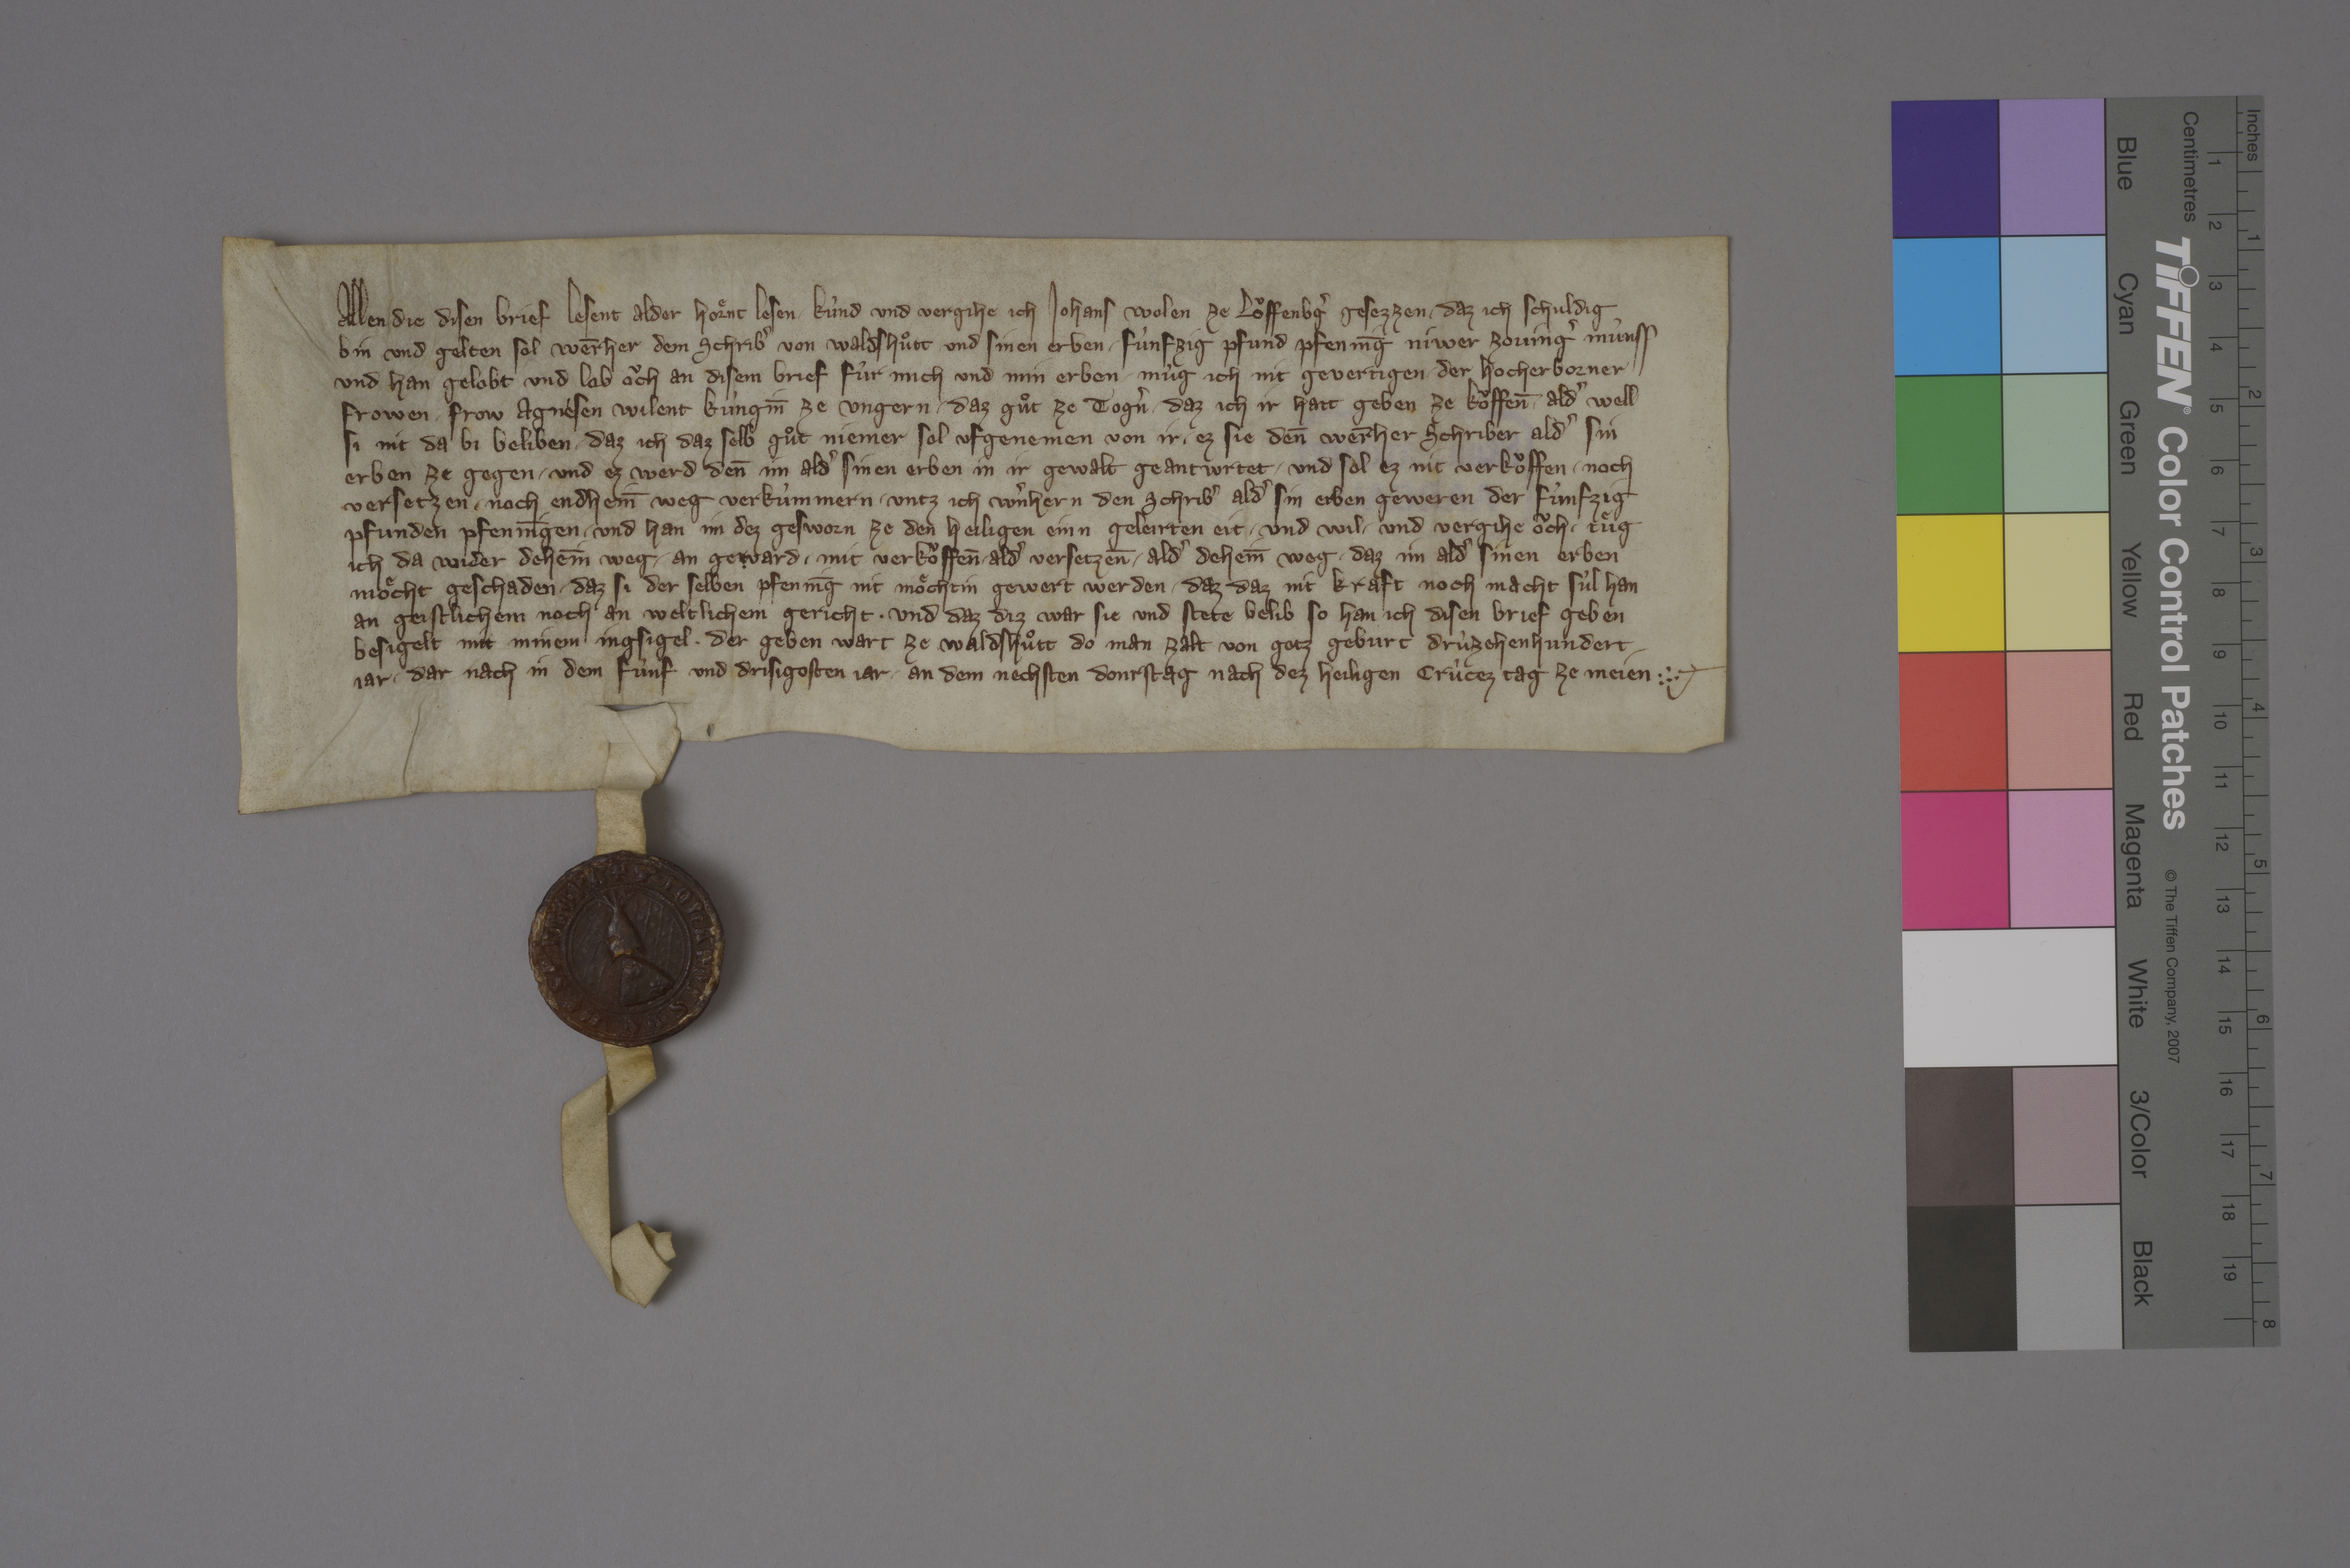
Allen, die disen brief lesent alder hoͤrent lesen, ✳ kùnd und vergihe ich, Johans Wolen, ze Loͧffenbˀg gesezzen, ✳ daz ich schuldig
bin und gelten sol Wer̄her dem Schribˀ von Waldshutͦt und sinen erben ✳ fùnfzig pfund pfennīg niwer Zovingˀ mùnss.
und han gelobt und lob oͧch an disem brief fùr mich und min erben, ✳ mùg ich nit gevertigen ✳ der hocherborner
frowen, ✳ frow Agnèsen, wilent kùngin̄ ze Ungern, ✳ daz guͦt ze Togˀn, ✳ daz ich ir hatt geben ze koͧffen̄, ✳ aldˀ well
si nit da bi beliben, ✳ daz ich daz selb guͦt niemer sol ufgenemen von ir, ✳ ez sie den̄ Wer̄her Schriber aldˀ sin
erben ze gegen ✳ und ez werd den̄ im aldˀ sinen erben in ir gewalt geantwrtet, ✳ und sol ez nit verkoͧffen ✳ noch
versetzen ✳ noch endhein̄ weg verkùmmern, ✳ untz ich Wˀnhern den Schribˀ aldˀ sin erben geweren der fùnfzig
pfunden pfennīgen. ✳ und han im dez gesworn ze den heiligen einn geleirten eit. ✳ und wil ✳ und vergihe oͧch, ✳ tuͤg
ich da wider dehein̄ weg ✳ an geward ✳ mit verkoͤffen̄ aldˀ versetzen̄ ✳ aldˀ dehein̄ weg, ✳ daz im aldˀ sinen erben
moͤcht geschaden, ✳ daz si der selben pfennīg nit moͤchtin gewert werden, ✳ daz daz nit kraft noch macht sùl han,
an geistlichem noch an weltlichem gericht. ✳ und daz diz war sie und stete belib, so han ich disen brief geben,
besigelt mit minem ingsigel, ✳ der geben wart ze Waldshuͦtt, do man zalt von gotz geburt drùzehenhundert
jar, ✳ dar nach in dem fùnf und drisigosten jar, ✳ an dem nechsten donrstag nach dez heiligen crûcez tag ze meien. ✳